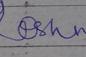
Signature authenticity: forged